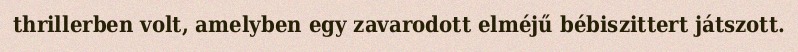
thrillerben volt, amelyben egy zavarodott elméjű bébiszittert játszott.